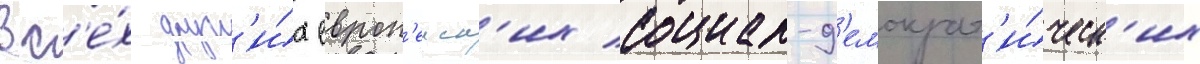
вс'е́х друг'и́х европ'еиск'их социал-д'емократ'и́ческ'их